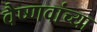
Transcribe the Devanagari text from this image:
वैष्णवांच्या